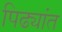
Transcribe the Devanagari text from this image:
पिढ्यांत